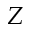
Z